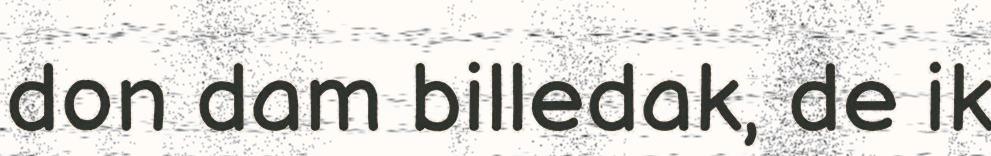
don dam billedak, de ik